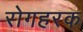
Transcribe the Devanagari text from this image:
रोगहरक